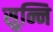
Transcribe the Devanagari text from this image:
सुन्नि